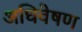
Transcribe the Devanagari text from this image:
अधिवेषण